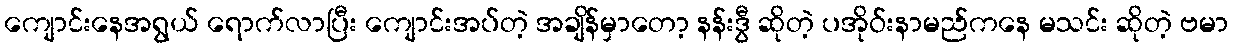
ကျောင်းနေအရွယ် ရောက်လာပြီး ကျောင်းအပ်တဲ့ အချိန်မှာတော့ နန်းဒွီ ဆိုတဲ့ ပအိုဝ်းနာမည်ကနေ မသင်း ဆိုတဲ့ ဗမာ